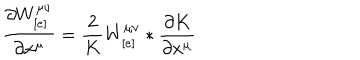
LaTeX: \frac { \partial W _ { [ e ] } ^ { \mu \nu } } { \partial x ^ { \mu } } = \frac { 2 } { K } W _ { [ e ] } ^ { \mu \nu } * \frac { \partial K } { \partial x ^ { \mu } }